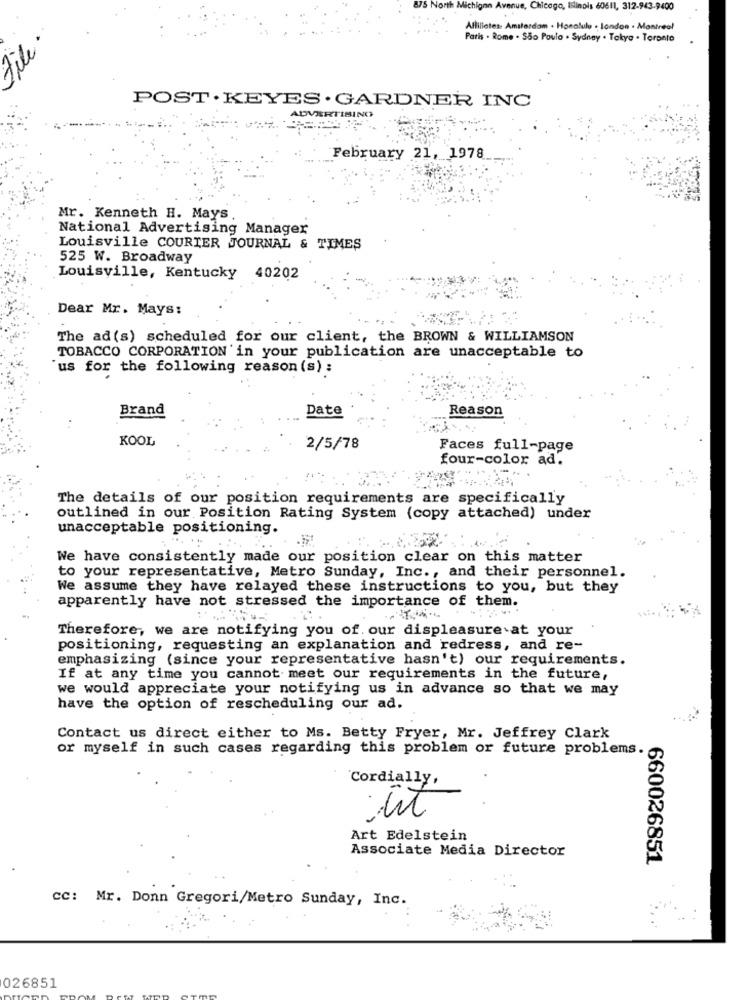
&75 North Michigan Avenue, Chicago, Illinois 60611, 312-943-9400
Affiliates: Amsterdam . Honolulu . london . Montreal
Paris . Rome . São Paulo . Sydney . Tokyo . Toronto
POST . KEYES . GARDNER INC
ADVERTISING
February 21, 1978
Mr. Kenneth H. Mays
National Advertising Manager
Louisville COURIER JOURNAL & TIMES
525 W. Broadway
Louisville, Kentucky 40202
Dear Mr. Mays:
The ad (s) scheduled for our client, the BROWN & WILLIAMSON
TOBACCO CORPORATION'in your publication are unacceptable to
`us for the following reason (s) :
Brand
Date
Reason
KOOL
2/5/78
Faces full-page
four-color ad.
The details of our position requirements are specifically
outlined in our Position Rating System (copy attached) under
unacceptable positioning.
We have consistently made our position clear on this matter
to your representative, Metro Sunday, Inc ., and their personnel.
We assume they have relayed these instructions to you, but they
apparently have not stressed the importance of them.
Therefore, we are notifying you of our displeasure at your
positioning, requesting an explanation and redress, and re-
emphasizing (since your representative hasn't) our requirements.
If at any time you cannot meet our requirements in the future,
we would appreciate your notifying us in advance so that we may
have the option of rescheduling our ad.
Contact us direct either to Ms. Betty Fryer, Mr. Jeffrey Clark
or myself in such cases regarding this problem or future problems.
Cordially,
Art Edelstein
Associate Media Director
660026851
CC: Mr. Donn Gregori/Metro Sunday, Inc.
026851